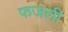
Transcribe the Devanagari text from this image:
फजली